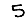
Digit: 5